Leaving Certificate Examination (including Day School Certificate (Higher) General paper), 1928
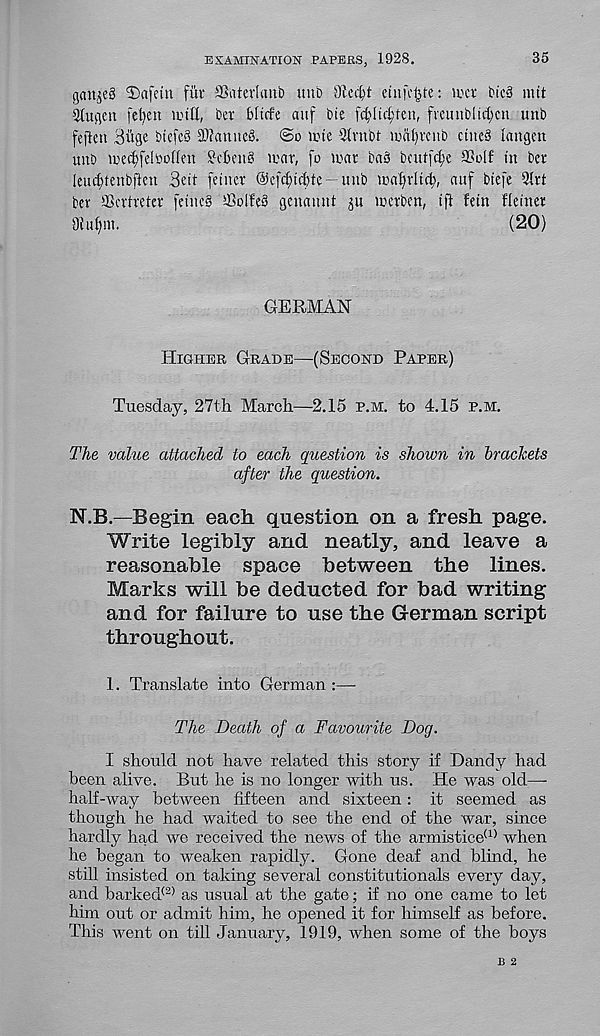
EXAMINATION PAPERS, 1928.
35
gan^eg Dafetn fui SSatertanb unb Oicc^t einfc^te: ii'cr bicg mit
9tugen fe^en null, ber bltcfe auf bie f4 v (tcl;fen, fieuublt^cn unb
feften Bitge btcfeS 3}?anuc3. @o lute 2lvnbt nat)vcnb ctne§ iangen
unb nxcfyfelboffen ?djeng nar, fo luar bag bcut(c(;e a?oif in ber
leuct)tenbften 3eit fetner @e[4tcl)te —unb ma^vltc^, auf btefe 5lrt
ber aScrtreter fetncg ®olfeg gcnannt ju icerben, tft fein Heinet
Diufnn.
(20)
GERMAN
Higher Grade—(Second Paper)
Tuesday, 27th March—2.15 p.m. to 4.15 p.m.
The value attached to each question is shown in brackets
after the question.
N.B.—Begin each question on a fresh page.
Write legibly and neatly, and leave a
reasonable space between the lines.
Marks will be deducted for bad writing
and for failure to use the German script
throughout.
1. Translate into German :—
The Death of a Favourite Dog.
I should not have related this story if Dandy had
been alive. But he is no longer with us. He was old;—-
half-way between fifteen and sixteen : it seemed as
though he had waited to see the end of the war, since
hardly had we received the news of the armistice (1) when
he began to weaken rapidly. Gone deaf and blind, he
still insisted on taking several constitutionals every day,
and barked® as usual at the gate; if no one came to let
him out or admit him, he opened it for himself as before.
This went on till January, 1919, when some of the boys